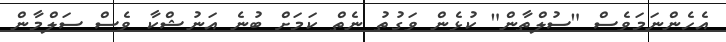
އެހެންނަމަވެސް "ސުލްތާން" ކުޅެން ވަގުތު ނެތް ކަމަށް ބުނެ އަނުޝްކާ ވެސް ސަލްމާން